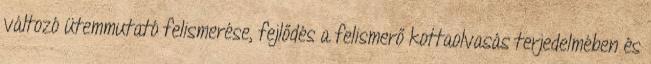
változó ütemmutató felismerése, fejlődés a felismerő kottaolvasás terjedelmében és